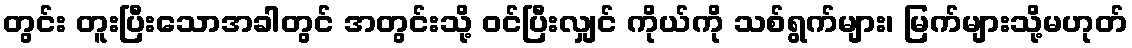
တွင်း တူးပြီးသောအခါတွင် အတွင်းသို့ ဝင်ပြီးလျှင် ကိုယ်ကို သစ်ရွက်များ၊ မြက်များသို့မဟုတ်